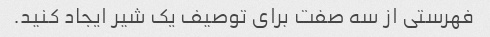
فهرستی از سه صفت برای توصیف یک شیر ایجاد کنید.